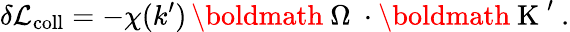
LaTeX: \delta\mathcal{L}_{\mathrm{{coll}}}=-\chi(k^{\prime})\, \mathrm{{\boldmath~\Omega~}}\cdot\mathrm{{\boldmath~K~}}^{\prime}\ .